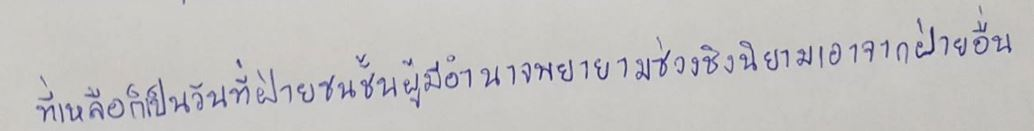
ที่เหลือก็เป็นวันที่ฝ่ายชนชั้นผู้มีอำนาจพยายามช่วงชิงนิยามเอาจากฝ่ายอื่น